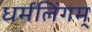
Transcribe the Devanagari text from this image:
धर्मलिंगम्